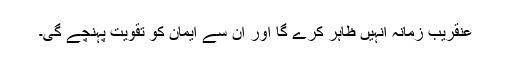
عنقریب زمانہ انہیں ظاہر کرے گا اور ان سے ایمان کو تقویت پہنچے گی۔